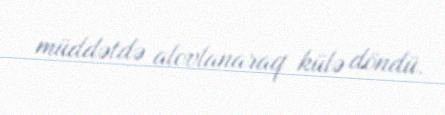
müddətdə alovlanaraq külə döndü.